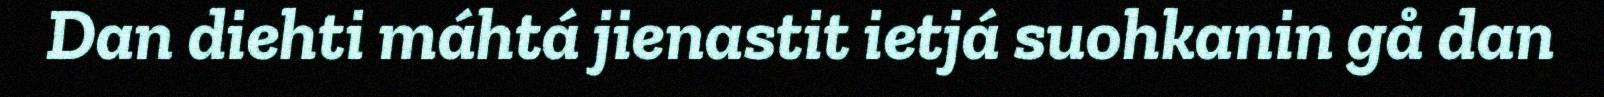
Dan diehti máhtá jienastit ietjá suohkanin gå dan